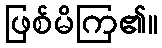
ဖြစ်မိကြ၏။